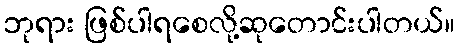
ဘုရား ဖြစ်ပါရစေလို့ဆုတောင်းပါတယ်။